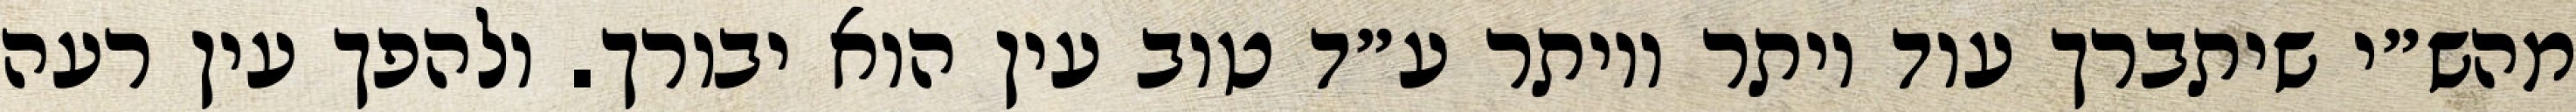
מהש״י שיתברך עוד יותר ויותר ע״ד טוב עין הוא יבורך. ולהפך עין רעה